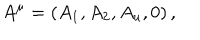
LaTeX: A ^ { \mu } = \left( A _ { 1 } , A _ { 2 } , A _ { u } , 0 \right) ,